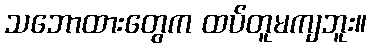
သဘောထားတွေက ထပ်တူမကျဘူး။